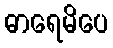
ဓာရေမိပေ